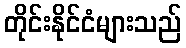
တိုင်းနိုင်ငံများသည်